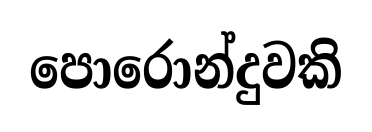
පොරොන්දුවකි